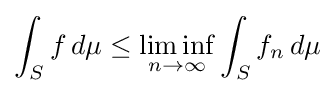
\int _{S}f\,d\mu \leq \liminf _{n\to \infty }\int _{S}f_{n}\,d\mu